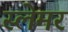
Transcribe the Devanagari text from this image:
स्लेमर